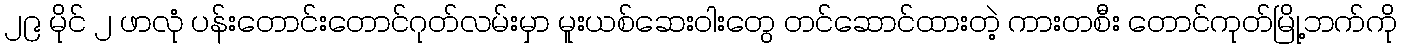
၂၉ မိုင် ၂ ဖာလုံ ပန်းတောင်းတောင်ဂုတ်လမ်းမှာ မူးယစ်ဆေးဝါးတွေ တင်ဆောင်ထားတဲ့ ကားတစီး တောင်ကုတ်မြို့ဘက်ကို